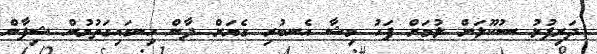
ދަރިފުޅު ސުކޫލަށް ލުމަށް ފަހު މިޝާ އެނބުރި ގެޔަށް ދާން ހިނގައިގަތުމުން ޝިފާން